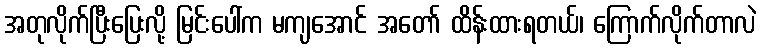
အတုလိုက်ပြီးပြေးလို့ မြင်းပေါ်က မကျအောင် အတော် ထိန်းထားရတယ်၊ ကြောက်လိုက်တာလဲ